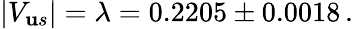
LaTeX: |V_{\mathbf{u}s}|=\lambda=0.2205\pm0.0018\, .